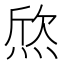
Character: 𤊑